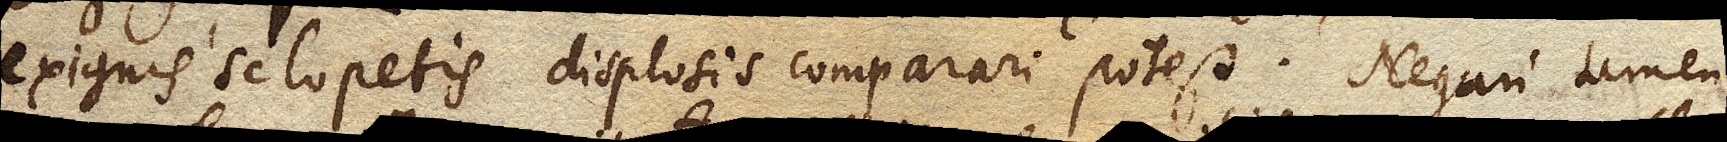
exiguis sclopetis displosis comparari potest. Negari tamen